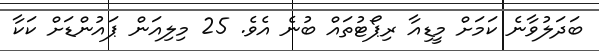
ބަދަލުވާނެ ކަމަށް މީޑިއާ ރިޕޯޓުތައް ބުނެ އެވެ. 25 މިލިއަން ޕައުންޑަށް ކަކާ